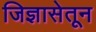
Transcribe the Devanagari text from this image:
जिज्ञासेतून